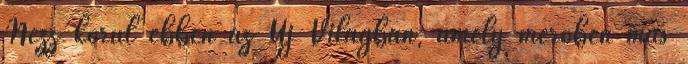
Nézz körül ebben az Új Világban, amely merőben más